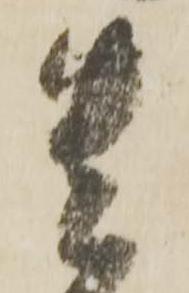
貴